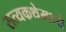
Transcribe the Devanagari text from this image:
सत्यकथेमध्ये